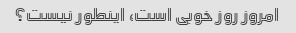
امروز روز خوبی است، اینطور نیست؟